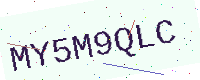
Text: MY5M9QLC